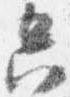
六